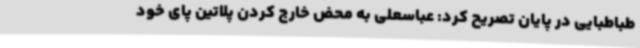
طباطبایی در پایان تصریح کرد: عباسعلی به محض خارج کردن پلاتین پای خود